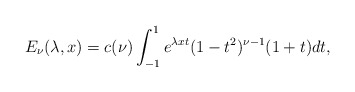
\begin{align*} \displaystyle E_\nu(\lambda,x)=c(\nu)\int_{-1}^1 e^{\lambda xt} (1-t^2)^{\nu-1}(1+t) dt, \end{align*}